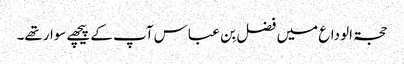
حجۃ الوداع میں فضل بِن عباس آپ کے پیچھےسوارتھے۔